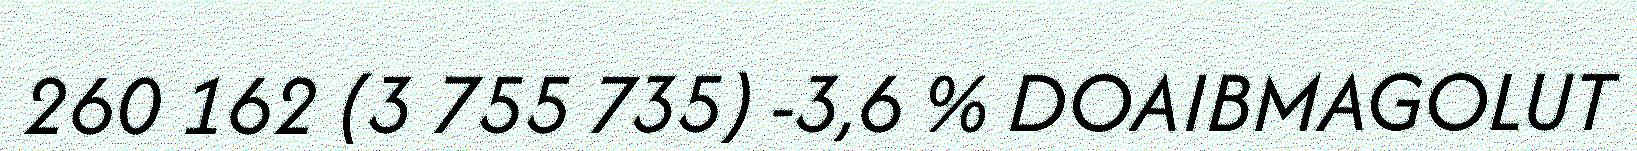
260 162 (3 755 735) -3,6 % DOAIBMAGOLUT